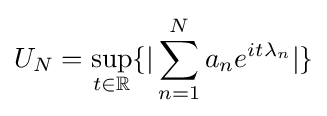
U_{N}=\sup _{t\in \mathbb {R} }\{|\sum _{n=1}^{N}a_{n}e^{it\lambda _{n}}|\}